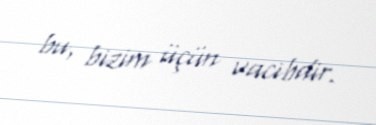
bu, bizim üçün vacibdir.